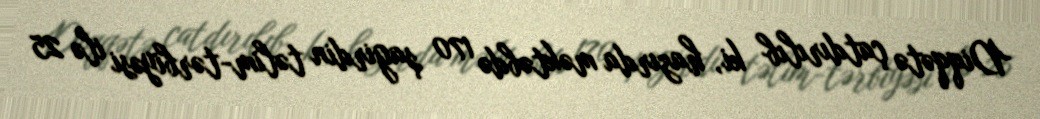
Diqqətə çatdırılıb ki, hazırda məktəbdə 170 şagirdin təlim-tərbiyəsi ilə 25